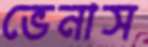
ভেনাস